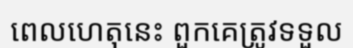
ពេលហេតុនេះ ពួកគេត្រូវទទួល